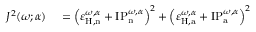
\begin{array} { r l } { J ^ { 2 } ( \omega ; \alpha ) } & { { } = \left( \varepsilon _ { \mathrm { H , n } } ^ { \omega , \alpha } + \mathrm { I P } _ { \mathrm { n } } ^ { \omega , \alpha } \right) ^ { 2 } + \left( \varepsilon _ { \mathrm { H , a } } ^ { \omega , \alpha } + \mathrm { I P } _ { \mathrm { a } } ^ { \omega , \alpha } \right) ^ { 2 } } \end{array}